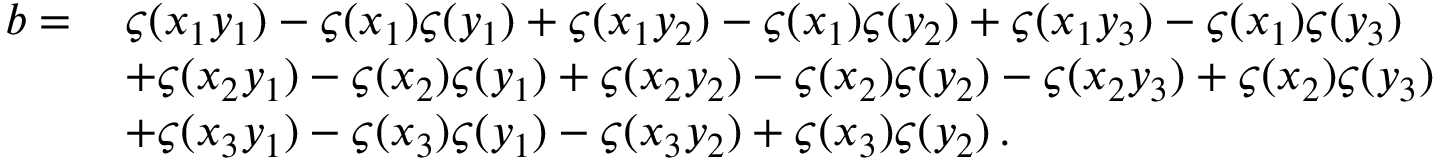
\begin{array} { r l } { b = \, } & { \varsigma ( x _ { 1 } y _ { 1 } ) - \varsigma ( x _ { 1 } ) \varsigma ( y _ { 1 } ) + \varsigma ( x _ { 1 } y _ { 2 } ) - \varsigma ( x _ { 1 } ) \varsigma ( y _ { 2 } ) + \varsigma ( x _ { 1 } y _ { 3 } ) - \varsigma ( x _ { 1 } ) \varsigma ( y _ { 3 } ) } \\ & { + \varsigma ( x _ { 2 } y _ { 1 } ) - \varsigma ( x _ { 2 } ) \varsigma ( y _ { 1 } ) + \varsigma ( x _ { 2 } y _ { 2 } ) - \varsigma ( x _ { 2 } ) \varsigma ( y _ { 2 } ) - \varsigma ( x _ { 2 } y _ { 3 } ) + \varsigma ( x _ { 2 } ) \varsigma ( y _ { 3 } ) } \\ & { + \varsigma ( x _ { 3 } y _ { 1 } ) - \varsigma ( x _ { 3 } ) \varsigma ( y _ { 1 } ) - \varsigma ( x _ { 3 } y _ { 2 } ) + \varsigma ( x _ { 3 } ) \varsigma ( y _ { 2 } ) \, . } \end{array}